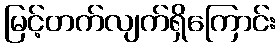
မြင့်တက်လျက်ရှိကြောင်း